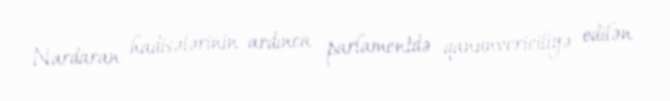
- Nardaran hadisələrinin ardınca parlamentdə qanunvericiliyə edilən